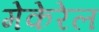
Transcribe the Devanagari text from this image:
मेकेरेल